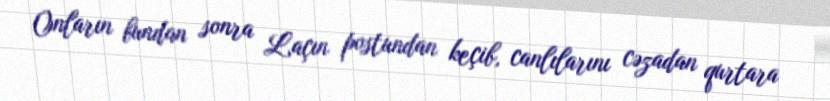
Onların bundan sonra Laçın postundan keçib, canlılarını cəzadan qurtara